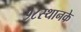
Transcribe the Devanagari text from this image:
१८स्थानके